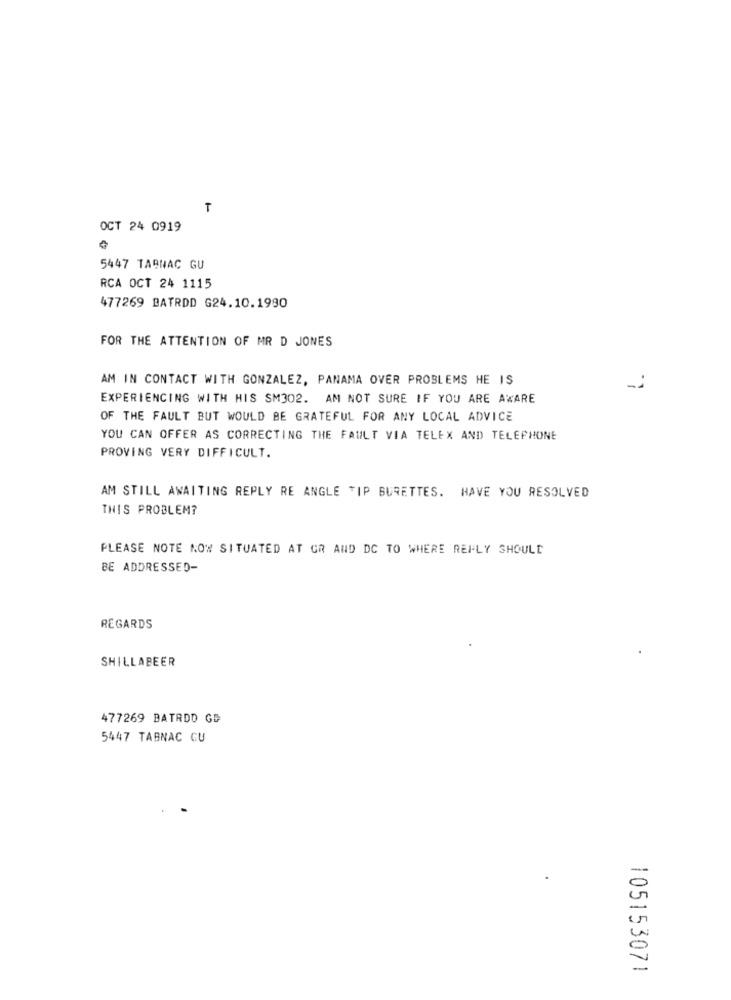
T
OCT 24 0919
5447 TABNAC GU
RCA OCT 24 1115
477269 BATRDD G24.10.1990
FOR THE ATTENTION OF MR D JONES
AM IN CONTACT WITH GONZALEZ, PANAMA OVER PROBLEMS HE IS
EXPERIENCING WITH HIS SM302. AM NOT SURE IF YOU ARE AWARE
OF THE FAULT BUT WOULD BE GRATEFUL FOR ANY LOCAL ADVICE
YOU CAN OFFER AS CORRECTING THE FAULT VIA TELEX AND TELEPHONE
PROVING VERY DIFFICULT.
AM STILL AWAITING REPLY RE ANGLE TIP BURETTES. HAVE YOU RESOLVED
THIS PROBLEM?
PLEASE NOTE NOW SITUATED AT GR AND DC TO WHERE REFLY SHOULD
BE ADDRESSED-
REGARDS
SHILLABEER
477269 BATRDO GD
5447 TABNAC CU
105153071